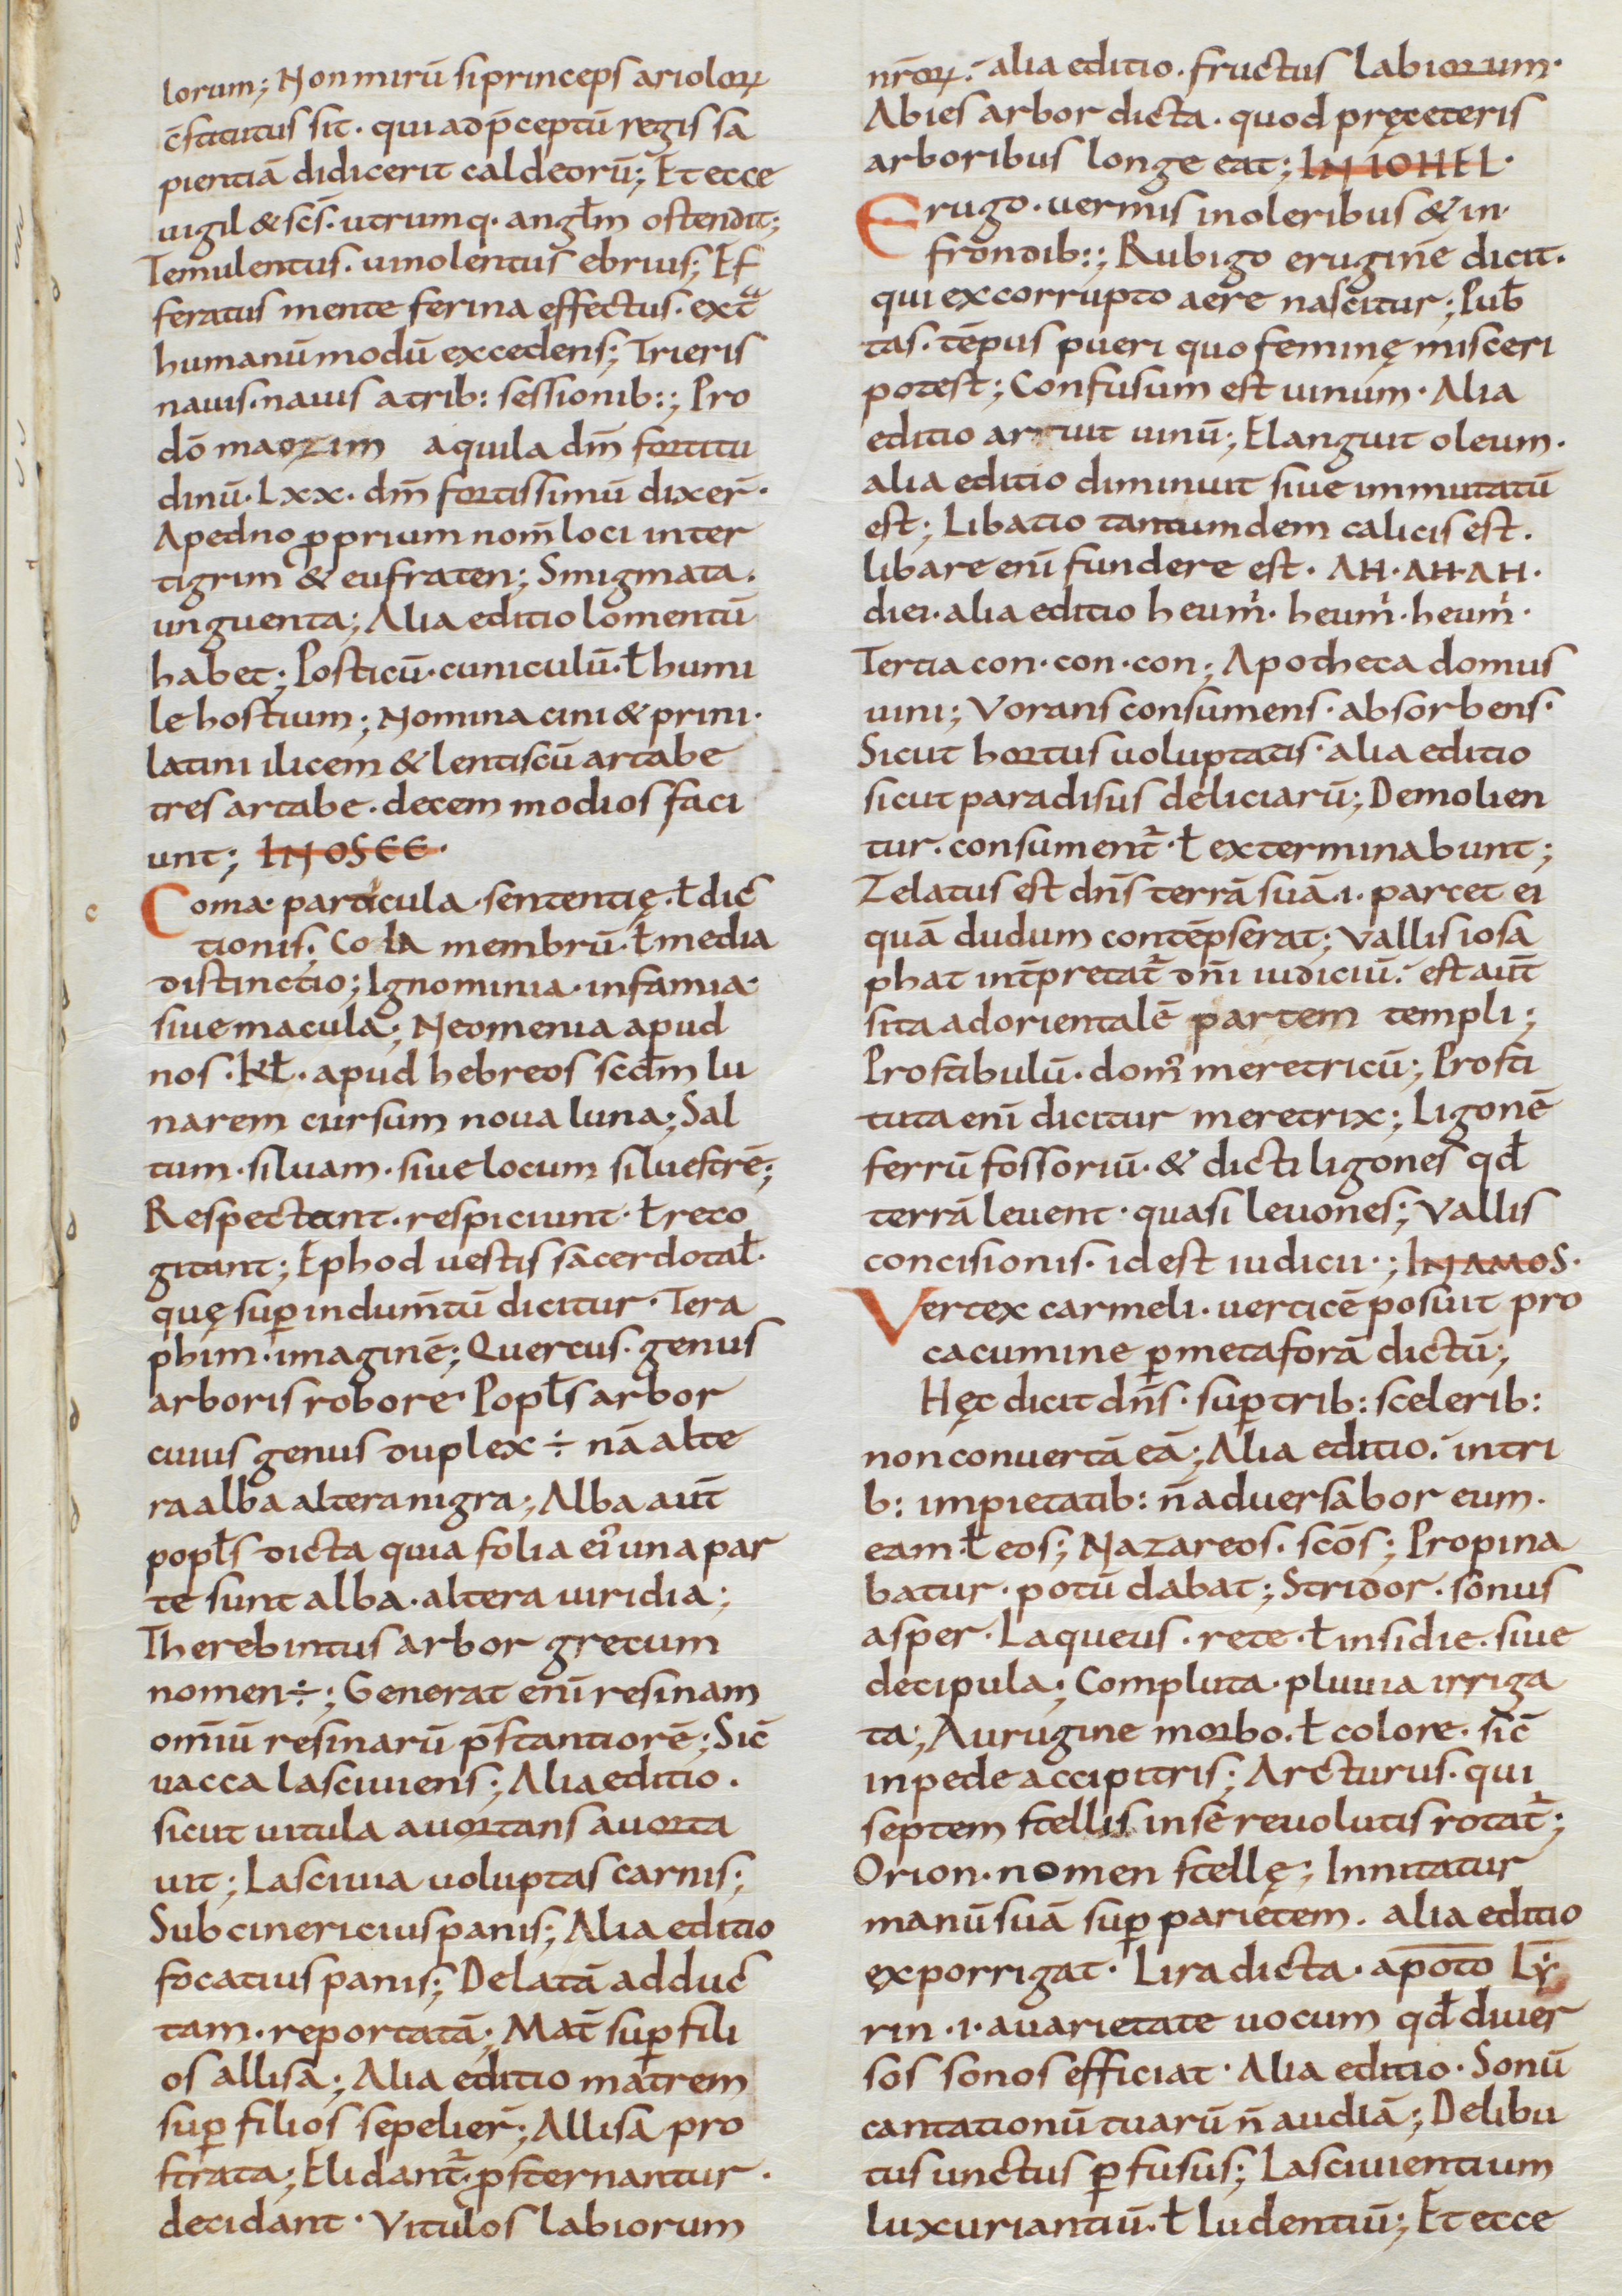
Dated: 850–915